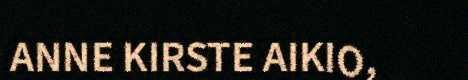
ANNE KIRSTE AIKIO,